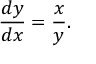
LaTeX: { \frac { d y } { d x } } = { \frac { x } { y } } .